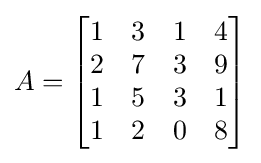
A={\begin{bmatrix}1&3&1&4\\2&7&3&9\\1&5&3&1\\1&2&0&8\end{bmatrix}}